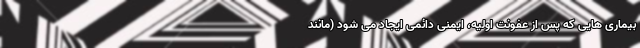
بیماری هایی که پس از عفونت اولیه، ایمنی دائمی ایجاد می شود (مانند